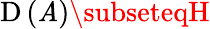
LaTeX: \operatorname{D}\left(\mathit{A}\right)\subseteqH